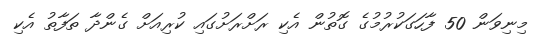
މިނިވަން 50 ފާހަގަކުރުމުގެ ގޮތުން އެކި ރަށްރަށުގައި ކުރިއަށް ގެންދާ ތަފާތު އެކި